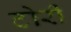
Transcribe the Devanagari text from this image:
टोर्री